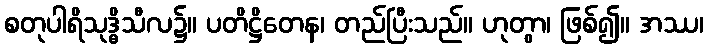
စတုပါရိသုဒ္ဓိသီလ၌။ ပတိဋ္ဌိတေန၊ တည်ပြီးသည်။ ဟုတွာ၊ ဖြစ်၍။ အဿ၊